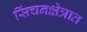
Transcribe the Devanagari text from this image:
सिंचनक्षेत्रात